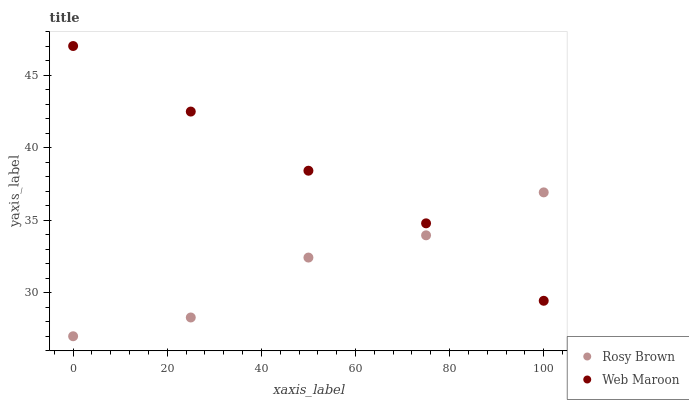
| xaxis_label | Rosy Brown | Web Maroon |
 | --- | --- | --- |
 | 0 | 27 | 47 |
 | 25 | 28.3 | 42.5 |
 | 50 | 32.4 | 38.4 |
 | 75 | 34 | 34.8 |
 | 100 | 36.9 | 29.4 |